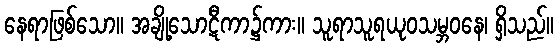
နေရာဖြစ်သော။ အချို့သောဋီကာ၌ကား။ သူရာသူရယုဝသမ္ဘဝနေ၊ ရှိသည်။